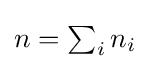
{\textstyle n=\sum _{i}n_{i}}